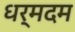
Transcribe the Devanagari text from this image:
धर्मदम